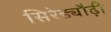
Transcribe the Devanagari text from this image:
सिरेड्यौढ़ी